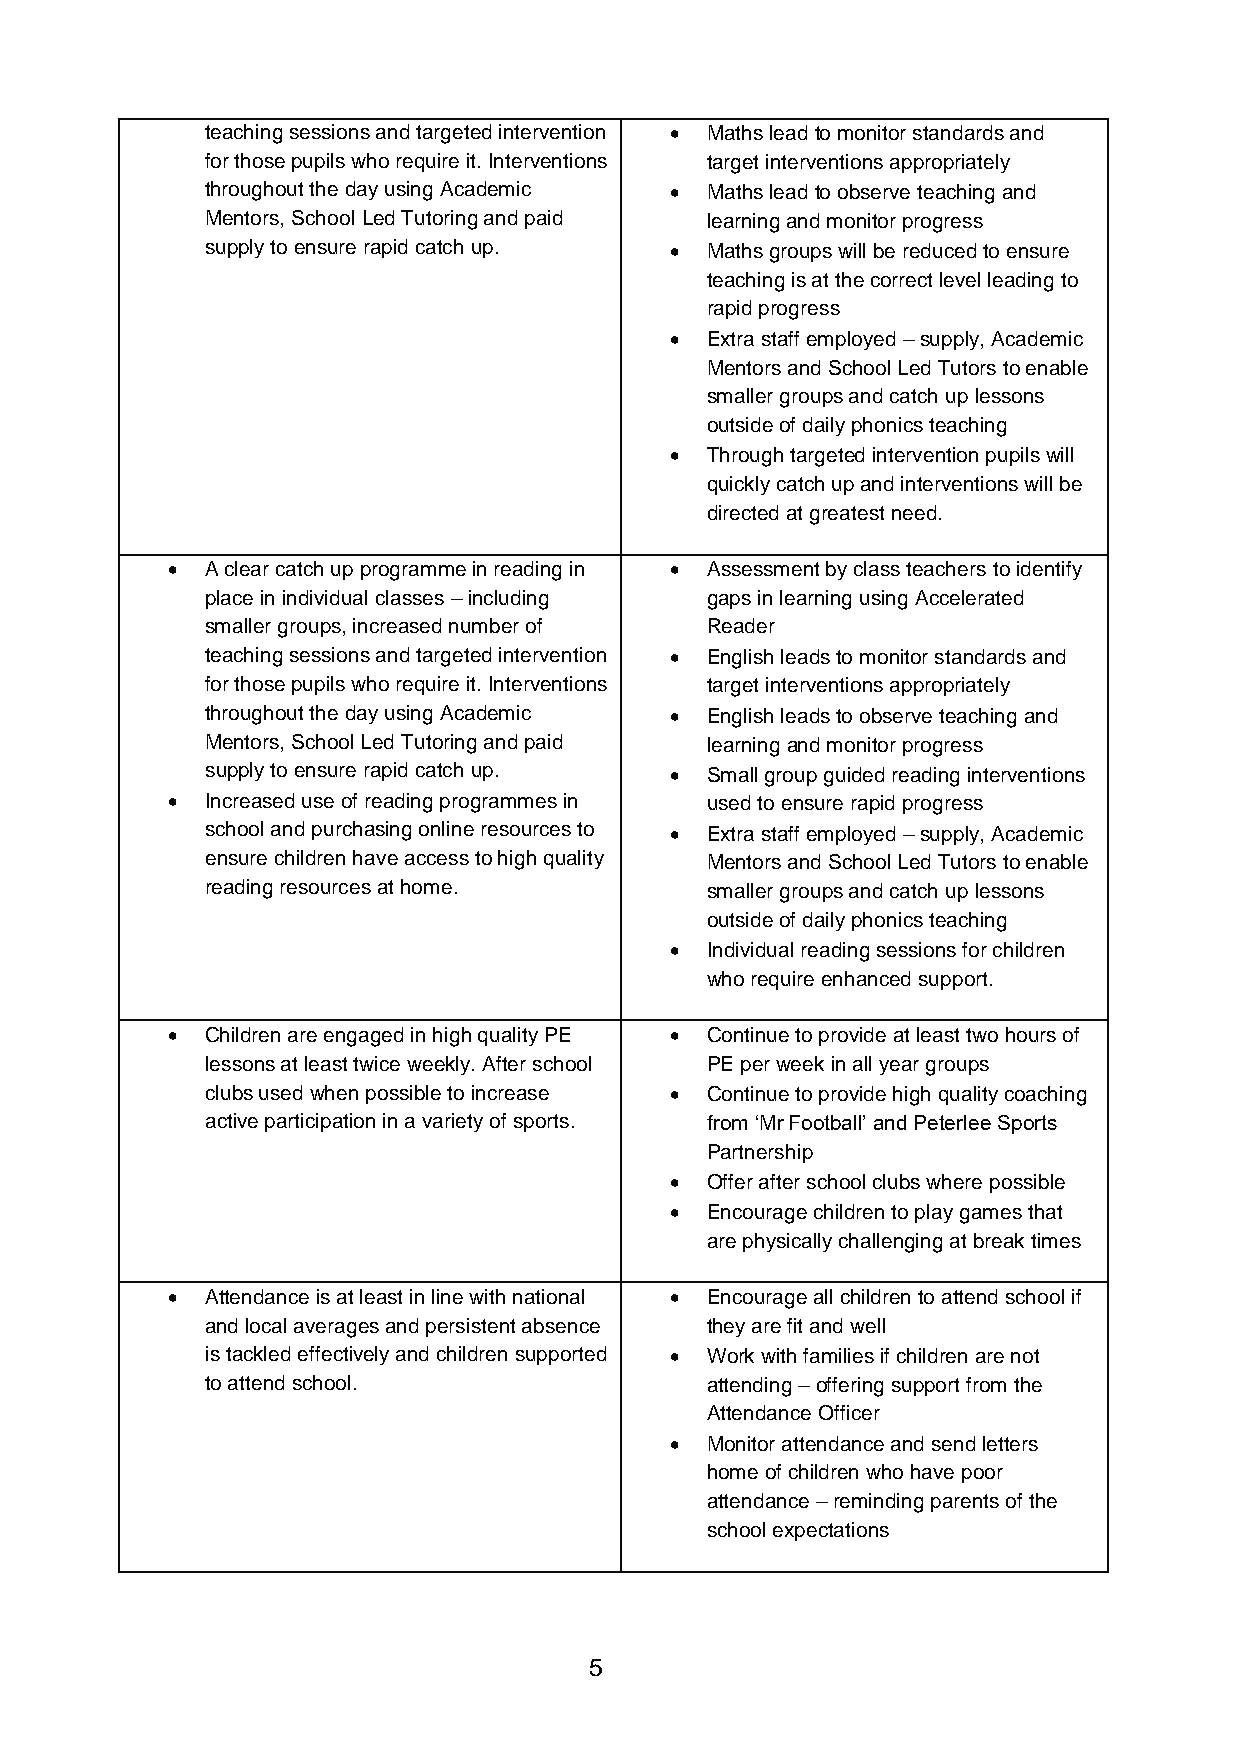
teaching sessions and targeted intervention • Maths lead to monitor standards and
 for those pupils who require it. Interventions target interventions appropriately
 throughout the day using Academic • Maths lead to observe teaching and
 Mentors, School Led Tutoring and paid learning and monitor progress
 supply to ensure rapid catch up. • Maths groups will be reduced to ensure
 teaching is at the correct level leading to
 rapid progress
 •  Extra staff employed – supply, Academic
 Mentors and School Led Tutors to enable
 smaller groups and catch up lessons
 outside of daily phonics teaching
 •  Through targeted intervention pupils will
 quickly catch up and interventions will be
 directed at greatest need.
 •  A clear catch up programme in reading in • Assessment by class teachers to identify
 place in individual classes – including gaps in learning using Accelerated
 smaller groups, increased number of Reader
 teaching sessions and targeted intervention • English leads to monitor standards and
 for those pupils who require it. Interventions target interventions appropriately
 throughout the day using Academic • English leads to observe teaching and
 Mentors, School Led Tutoring and paid learning and monitor progress
 supply to ensure rapid catch up. • Small group guided reading interventions
 •  Increased use of reading programmes in used to ensure rapid progress
 school and purchasing online resources to • Extra staff employed – supply, Academic
 ensure children have access to high quality Mentors and School Led Tutors to enable
 reading resources at home.       smaller groups and catch up lessons
 outside of daily phonics teaching
 •  Individual reading sessions for children
 who require enhanced support.
 •  Children are engaged in high quality PE • Continue to provide at least two hours of
 lessons at least twice weekly. After school PE per week in all year groups
 clubs used when possible to increase • Continue to provide high quality coaching
 active participation in a variety of sports. from ‘Mr Football’ and Peterlee Sports
 Partnership
 •  Offer after school clubs where possible
 •  Encourage children to play games that
 are physically challenging at break times
 •  Attendance is at least in line with national • Encourage all children to attend school if
 and local averages and persistent absence they are fit and well
 is tackled effectively and children supported • Work with families if children are not
 to attend school.                attending – offering support from the
 Attendance Officer
 •  Monitor attendance and send letters
 home of children who have poor
 attendance – reminding parents of the
 school expectations
 5